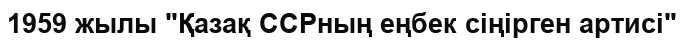
1959 жылы "Қазақ ССРның еңбек сіңірген артисі"